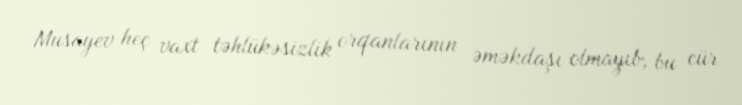
Musayev heç vaxt təhlükəsizlik orqanlarının əməkdaşı olmayıb, bu cür